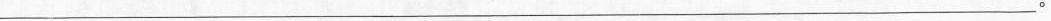
___。